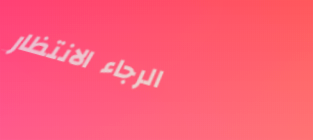
الرجاء الانتظار